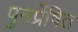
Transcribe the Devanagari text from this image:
पुनर्प्रेषित